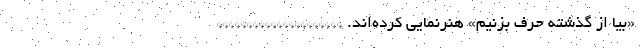
«بیا از گذشته حرف بزنیم» هنرنمایی کرده‌اند. *********************